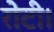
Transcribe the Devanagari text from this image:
रोटी।